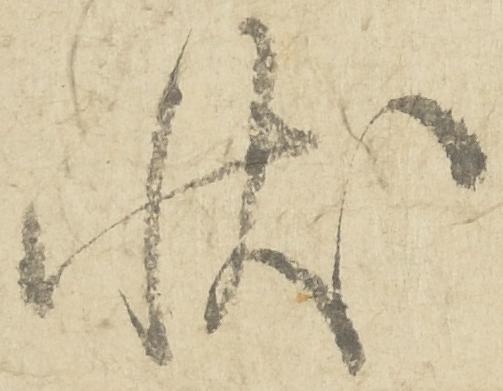
状